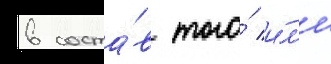
в соста́в того́ и́л'и